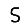
Digit: 5